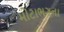
મોટાભગના